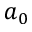
a _ { 0 }